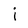
Character: j